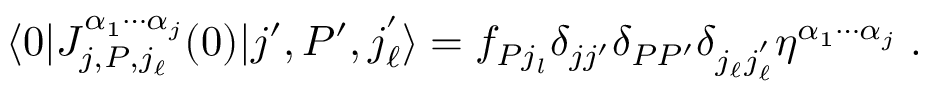
\langle 0 | J _ { j , P , j _ { \ell } } ^ { \alpha _ { 1 } \cdots \alpha _ { j } } ( 0 ) | j ^ { \prime } , P ^ { \prime } , j _ { \ell } ^ { ' } \rangle = f _ { P j _ { l } } \delta _ { j j ^ { \prime } } \delta _ { P P ^ { \prime } } \delta _ { j _ { \ell } j _ { \ell } ^ { ' } } \eta ^ { \alpha _ { 1 } \cdots \alpha _ { j } } \; .